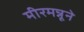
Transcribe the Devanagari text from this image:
मीरमन्नूने